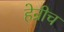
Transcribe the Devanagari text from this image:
हेन्रीच